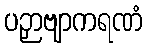
ပဉှာဗျာကရဏံ